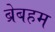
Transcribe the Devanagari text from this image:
ब्रेबहम